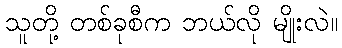
သူတို့ တစ်ခုစီက ဘယ်လို မျိုးလဲ။